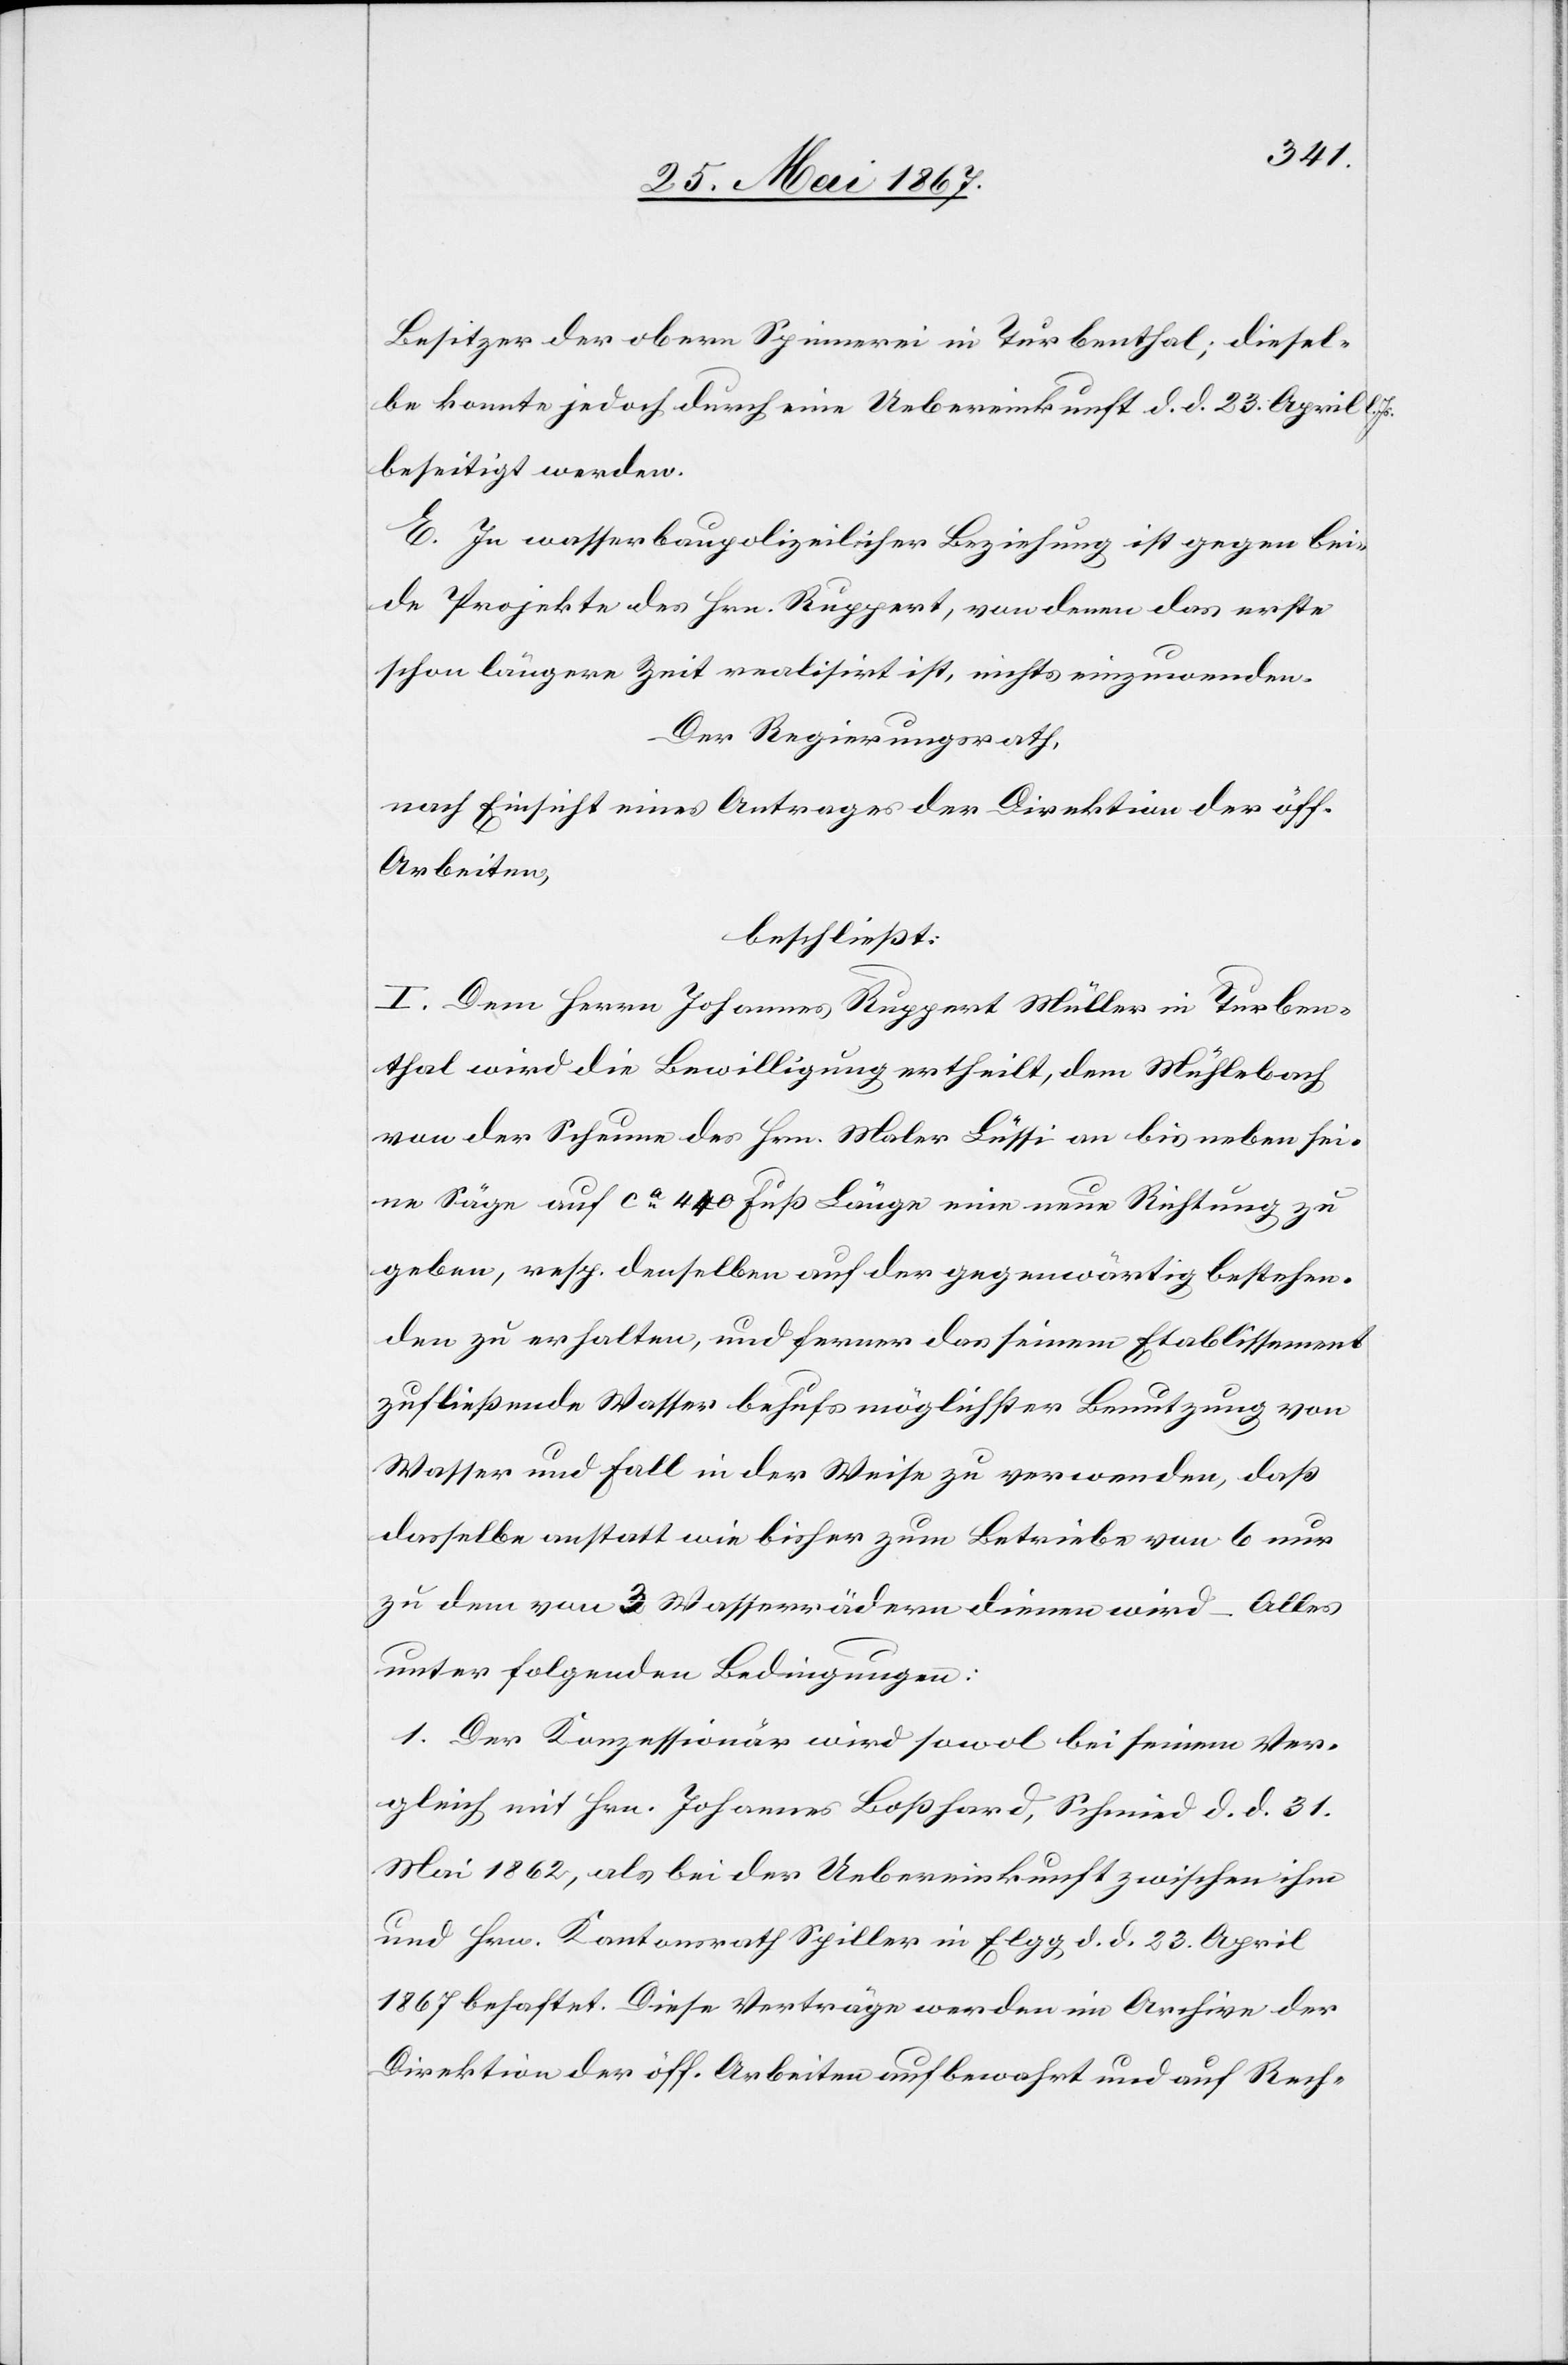
Besitzer der obern Spinnerei in Turbenthal; diesel¬
be konnte jedoch durch eine Uebereinkunft d. d. 23. April l.
beseitigt werden.
E. In wasserbaupolizeilicher Beziehung ist gegen bei¬
de Projekte des Hrn. Ruppert, von denen das erste
schon längere Zeit realisirt ist, nichts einzuwenden.
Der Regierungsrath,
nach Einsicht eines Antrages der Direktion der öff.
Arbeiten,
beschließt:
I. Dem Herrn Johannes Ruppert Müller in Turben¬
thal wird die Bewilligung ertheilt, dem Mühlebach
von der Scheune des Hrn. Maler Lüssi an bis neben sei¬
ne Säge auf ca. 440 Fuß Länge eine neue Richtung zu
geben, resp. denselben auf der gegenwärtigen bestehen¬
den zu erhalten, und ferner das seinem Etablissement
zufließende Wasser behufs möglichster Benutzung von
Wasser und Fall in der Weise zu verwenden, daß
dasselbe anstatt wie bisher zum Betriebe von 6 nur
zu dem von 3 Wasserrädern dienen wird – Alles
unter folgenden Bedingungen:
1. Der Konzessionär wird sowol bei seinem Ver¬
gleich mit Hrn. Johannes Boßhard, Schmied d. d. 31.
Mai 1862, als bei der Uebereinkunft zwischen ihm
und Hrn. Kantonsrath Spiller in Elgg d. d. 23. April
1867 behaftet. Diese Verträge werden im Archive der
Direktion der öff. Arbeiten aufbewahrt und auf Rech-